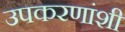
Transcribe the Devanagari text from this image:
उपकरणांशी